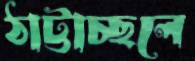
ঠাট্টাচ্ছলে